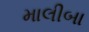
માલીબા